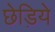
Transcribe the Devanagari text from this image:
छेड़िये